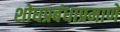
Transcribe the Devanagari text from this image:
शोधप्रबंधाप्रमाणे